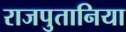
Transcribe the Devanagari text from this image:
राजपुतानिया